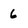
Character: 6